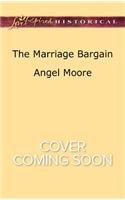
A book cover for The Marriage Bargain (Love Inspired Historical); Angel Moore; Romance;